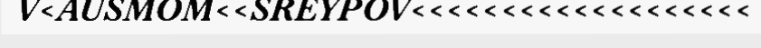
V<AUSMOM<<SREYPOV<<<<<<<<<<<<<<<<<<<